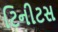
ટિનીટસ